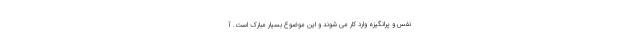
نَفَس و پُرانگیزه وارد کار می شوند و این موضوع بسیار مبارک است. آ